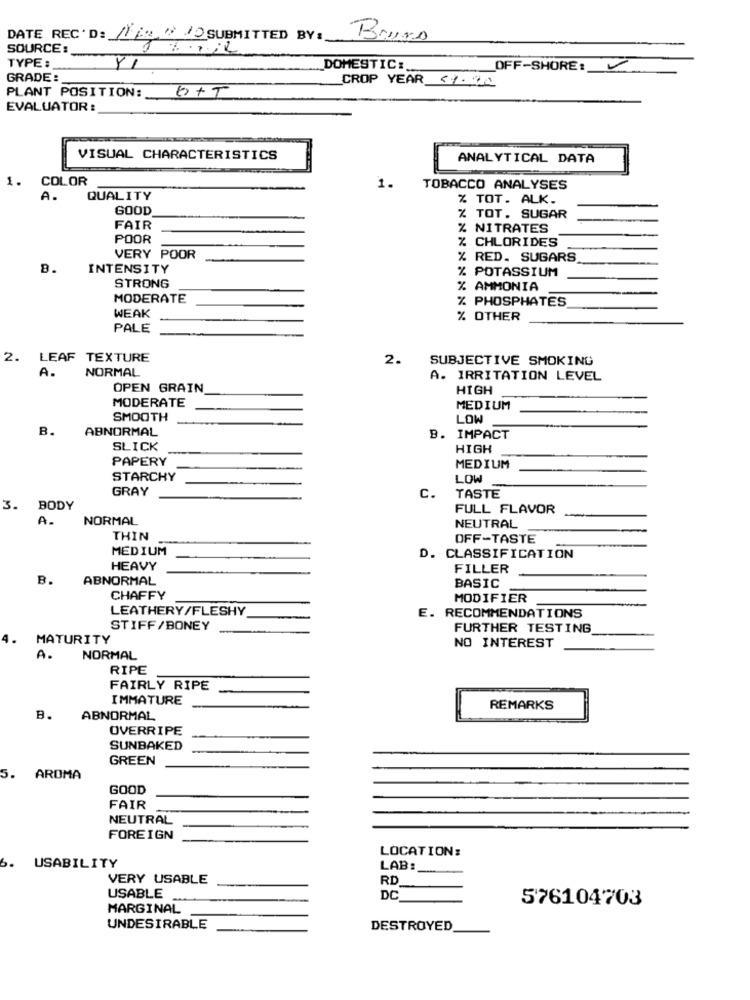
DATE REC'D: 11 /2 0 10 SUBMITTED BY:
Bruno
SOURCE :
TYPE :
YI
DOMESTIC :..
OFF-SHORE:
GRADE:
CROP YEAR 59.00
PLANT POSITION: 0+T
EVALUATOR :
VISUAL CHARACTERISTICS
ANALYTICAL DATA
1.
COLOR
1.
TOBACCO ANALYSES
A.
QUALITY
% TOT. ALK.
GOOD
% TOT. SUGAR
FAIR
% NITRATES
POOR
CHLORIDES
VERY POOR
% RED. SUGARS
B.
INTENSITY
% POTASSIUM
STRONG
% AMMONIA
MODERATE
% PHOSPHATES
WEAK
% OTHER
PALE
2.
LEAF TEXTURE
2.
SUBJECTIVE SMOKING
A.
NORMAL
A. IRRITATION LEVEL
OPEN GRAIN
HIGH
MODERATE
MEDIUM
SMOOTH
LOW
B.
ABNORMAL
B. IMPACT
SLICK
HIGH
PAPERY
MEDIUM
STARCHY
LOW
GRAY
TASTE
C.
3.
BODY
FULL FLAVOR
A.
NORMAL
NEUTRAL
THIN
OFF-TASTE
MEDIUM
D. CLASSIFICATION
HEAVY
FILLER
B.
ABNORMAL
BASIC
CHAFFY
MODIFIER
LEATHERY/FLESHY
E. RECOMMENDATIONS
STIFF/BONEY
FURTHER TESTING
MATURITY
NO INTEREST
A.
NORMAL
RIPE
FAIRLY RIPE
IMMATURE
REMARKS
B.
ABNORMAL
OVERRIPE
SUNBAKED
GREEN
5.
AROMA
GOOD
FAIR
NEUTRAL
FOREIGN
LOCATION:
6.
USABILITY
LAB:
VERY USABLE
RD
USABLE
DC
576104703
MARGINAL
UNDESIRABLE
DESTROYED